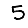
Digit: 5